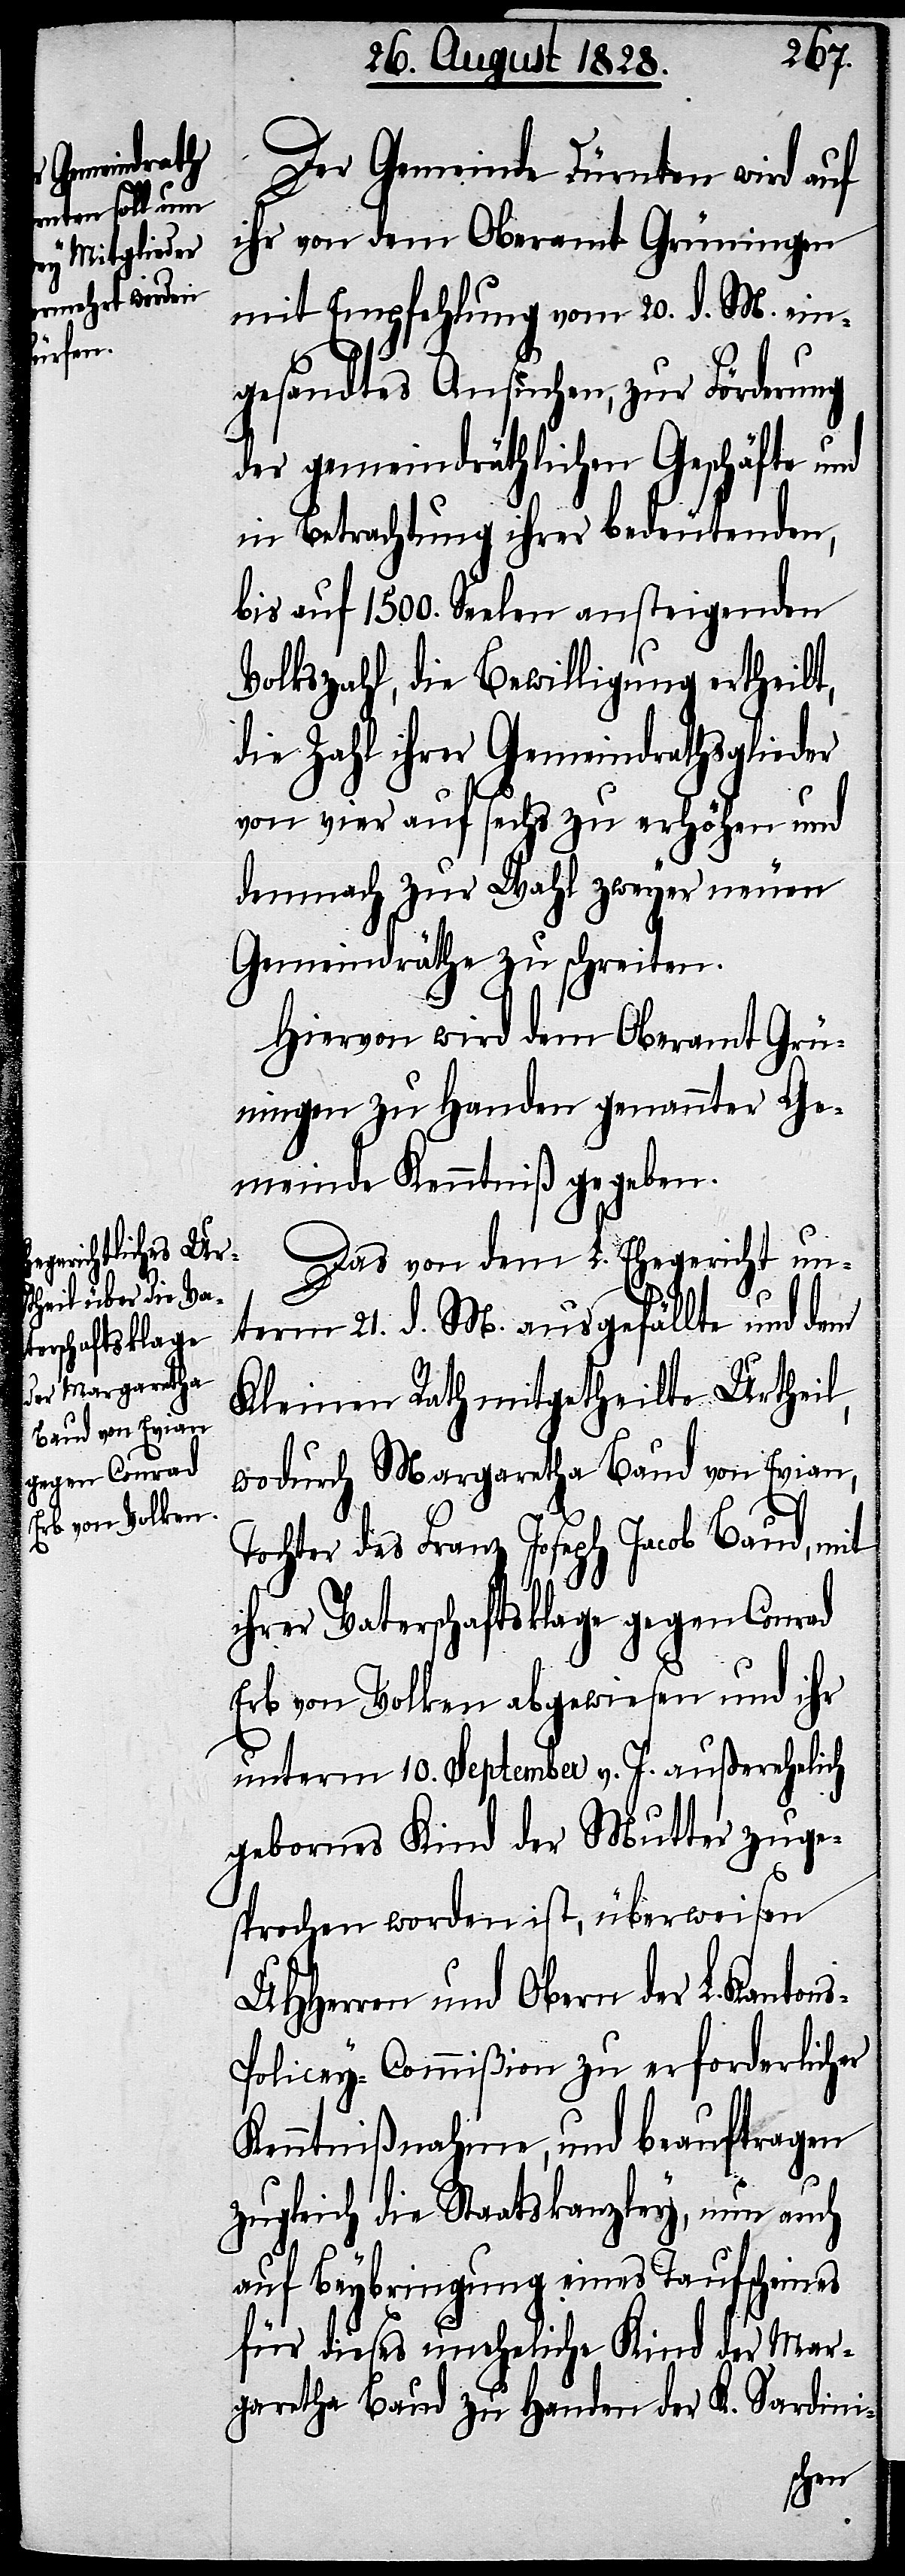
Der Gemeinde Dürnten wird auf
ihr von dem Oberamt Grüningen
mit Empfehlung vom 20. d. M. ein¬
gesandtes Ansuchen, zur Förderung
der gemeindräthlichen Geschäfte und
in Betrachtung ihrer bedeutenden,
bis aus 1500. Seelen ansteigende
Volkszahl, die Bewilligung ertheilt,
die Zahl ihrer Gemeindrathsglieder
von vier auf sechs zu erhöhen und
demnach zur Wahl zweyer neuen
Gemeindräthe zu schreiten.
Hiervon wird dem Oberamt Grü¬
ningen zu Handen genannter Ge¬
meinde Kenntniß gegeben.
Das von dem L. Ehegericht un¬
term 21. d. M. ausgefällte und dem
Kleinen Rath mitgetheilte Urtheil,
wodurch Margaretha Baud von Evian,
Tochter des Franz Joseph Jacob Baud, mit
ihrer Vaterschaftsklage gegen Conrad
Erb von Volken abgewiesen und ihr
unterm 10. September v. J. außerehelich
gebornes Kind der Mutter zuge¬
sprochen worden ist, überweisen
UHHerren und Obern der L. Kanton¬
s-Policey-Commißion zu erforderlicher
Kenntnißnahme, und beauftragen
zugleich die Staatskanzley, nun auch
auf Beybringung eines Taufscheines
für dieses uneheliche Kind der Mar¬
garetha Baud zu Handen der K. Sardini-